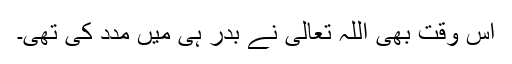
اس وقت بھی اللہ تعالیٰ نے بدر ہی میں مدد کی تھی۔